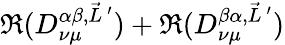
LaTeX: \Re(D_{\nu\mu}^{\alpha\beta,\vec{L}\, ^{\prime}})+\Re(D_{\nu\mu}^{\beta\alpha,\vec{L}\, ^{\prime}})